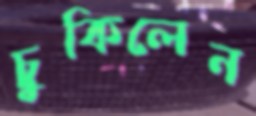
চুকিলেন